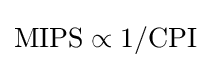
{\text{MIPS}}\propto 1/{\text{CPI}}